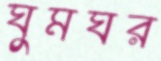
ঘুমঘর